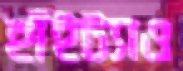
হাঁইট্যাও